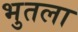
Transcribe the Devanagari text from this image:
भुतला